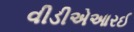
વીડીએઆરઈ